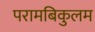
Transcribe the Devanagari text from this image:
परामबिकुलम